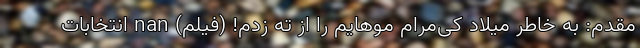
مقدم: به خاطر میلاد کی‌مرام موهایم را از ته زدم! (فیلم) nan انتخابات